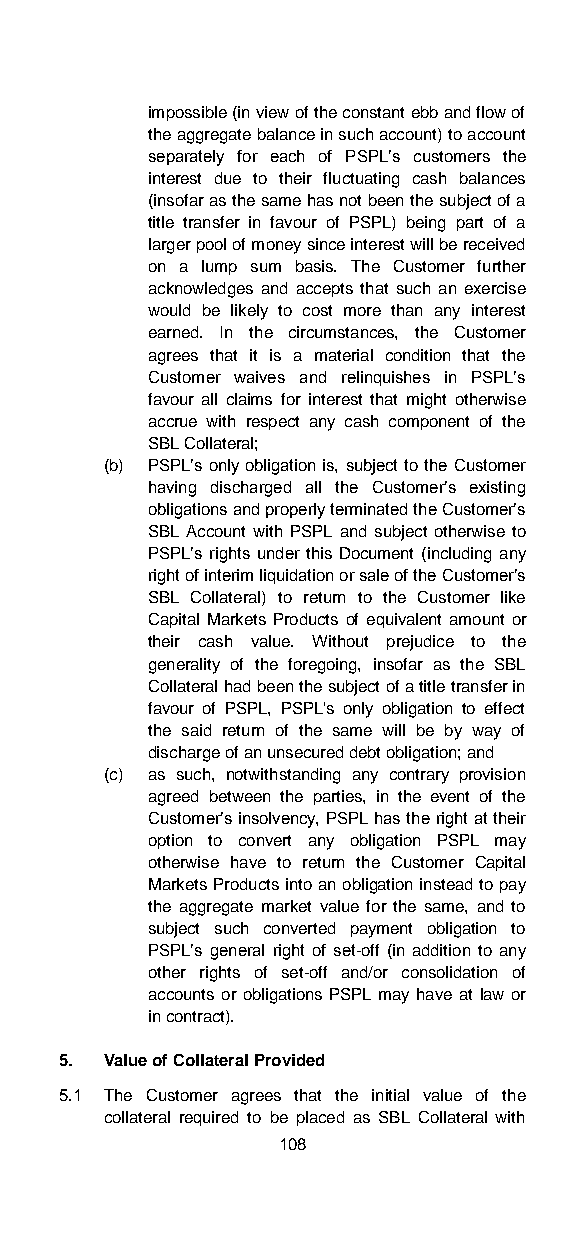
impossible (in view of the constant ebb and flow of
 the aggregate balance in such account) to account
 separately for each of PSPL’s customers the
 interest due to their fluctuating cash balances
 (insofar as the same has not been the subject of a
 title transfer in favour of PSPL) being part of a
 larger pool of money since interest will be received
 on a lump sum basis. The Customer further
 acknowledges and accepts that such an exercise
 would be likely to cost more than any interest
 earned. In the circumstances, the Customer
 agrees that it is a material condition that the
 Customer waives and relinquishes in PSPL’s
 favour all claims for interest that might otherwise
 accrue with respect any cash component of the
 SBL Collateral;
 (b) PSPL’s only obligation is, subject to the Customer
 having discharged all the Customer’s existing
 obligations and properly terminated the Customer’s
 SBL Account with PSPL and subject otherwise to
 PSPL’s rights under this Document (including any
 right of interim liquidation or sale of the Customer’s
 SBL Collateral) to return to the Customer like
 Capital Markets Products of equivalent amount or
 their cash value. Without prejudice to the
 generality of the foregoing, insofar as the SBL
 Collateral had been the subject of a title transfer in
 favour of PSPL, PSPL's only obligation to effect
 the said return of the same will be by way of
 discharge of an unsecured debt obligation; and
 (c) as such, notwithstanding any contrary provision
 agreed between the parties, in the event of the
 Customer’s insolvency, PSPL has the right at their
 option to convert any obligation PSPL may
 otherwise have to return the Customer Capital
 Markets Products into an obligation instead to pay
 the aggregate market value for the same, and to
 subject such converted payment obligation to
 PSPL’s general right of set-off (in addition to any
 other rights of set-off and/or consolidation of
 accounts or obligations PSPL may have at law or
 in contract).
 5. Value of Collateral Provided
 5.1 The Customer agrees that the initial value of the
 collateral required to be placed as SBL Collateral with
 108